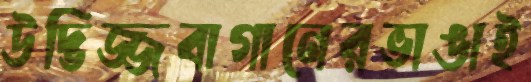
উদ্ভিজ্জবাগানেরভাঙাই